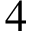
4